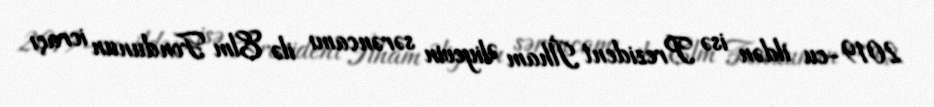
2019-cu ildən isə Prezident İlham Əliyevin sərəncamı ilə Elm Fondunun icraçı